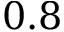
0 . 8